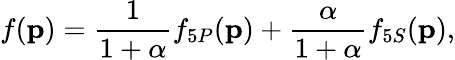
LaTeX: f({\mathbf{p}})=\frac{1}{1+\alpha}f_{5P}({\mathbf{p}})+\frac{\alpha}{1+\alpha}f_{5S}({\mathbf{p}}),